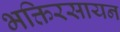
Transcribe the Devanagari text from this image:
भक्तिरसायन